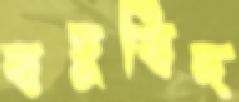
বহুবিদ